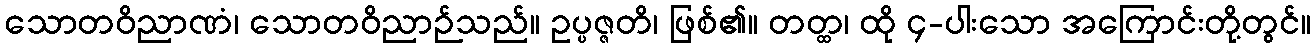
သောတဝိညာဏံ၊ သောတဝိညာဉ်သည်။ ဥပ္ပဇ္ဇတိ၊ ဖြစ်၏။ တတ္ထ၊ ထို ၄-ပါးသော အကြောင်းတို့တွင်။